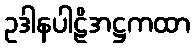
ဥဒါနပါဠိအဋ္ဌကထာ